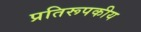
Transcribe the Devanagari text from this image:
प्रतिरूपकीय